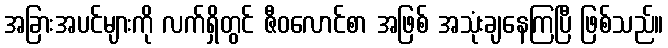
အခြားအပင်များကို လက်ရှိတွင် ဇီဝလောင်စာ အဖြစ် အသုံးချနေကြပြီ ဖြစ်သည်။